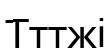
Тттжі